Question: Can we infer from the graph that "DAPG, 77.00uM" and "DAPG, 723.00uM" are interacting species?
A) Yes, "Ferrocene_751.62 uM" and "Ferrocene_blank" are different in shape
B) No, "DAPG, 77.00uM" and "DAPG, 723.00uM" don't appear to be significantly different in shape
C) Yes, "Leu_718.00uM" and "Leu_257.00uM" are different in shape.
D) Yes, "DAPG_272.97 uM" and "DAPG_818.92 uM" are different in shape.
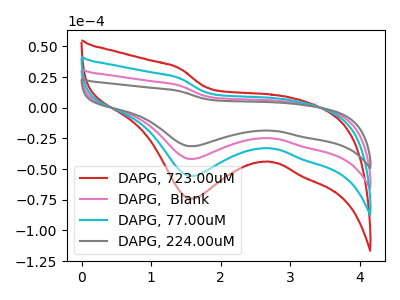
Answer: <think>The red curve "DAPG, 723.00uM" has a cathodic peak at: (1.55V, -125.35uA). The pink curve "DAPG,  Blank" has a cathodic peak at: (1.55V, -41.80uA). The cyan curve "DAPG, 77.00uM" has a cathodic peak at: (1.55V, -83.55uA). The gray curve "DAPG, 224.00uM" has a cathodic peak at: (1.55V, -31.35uA).
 All the peaks in "DAPG, 77.00uM" have a peak in "DAPG, 723.00uM" at the same potential. Every peak in "DAPG, 77.00uM" is lower than every peak in "DAPG, 723.00uM".</think>
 <answer>B) No, "DAPG, 77.00uM" and "DAPG, 723.00uM" don't appear to be significantly different in shape</answer>
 <eval>B</eval>